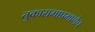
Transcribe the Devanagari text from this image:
तुकारामाप्रमाणेच